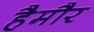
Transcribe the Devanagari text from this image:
हैमौर